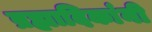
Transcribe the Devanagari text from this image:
ब्रह्मादिकांनी